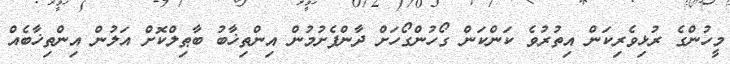
މީހުންގެ ރުޅިވެރިކަން އިތުރުވެ ކަންކަން ގޯހުންގޯހަށް ދާންފެށުމުން އިންތިޚާބު ބާޠިލްކޮށް އަލުން އިންތިޚާބެއް